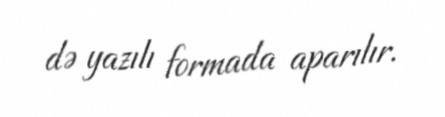
də yazılı formada aparılır.